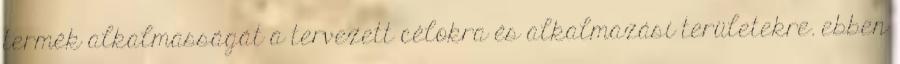
termék alkalmasságát a tervezett célokra és alkalmazási területekre. ebben